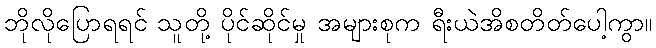
ဘိုလိုပြောရရင် သူတို့ ပိုင်ဆိုင်မှု အများစုက ရီးယဲအိစတိတ်ပေါ့ကွာ။